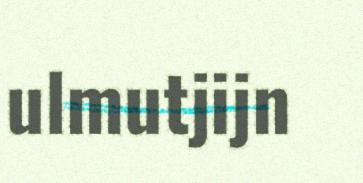
ulmutjijn